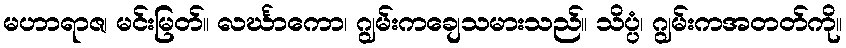
မဟာရာဇ၊ မင်းမြတ်။ လင်္ဃာကော၊ ဂျွမ်းကချေသမားသည်။ သိပ္ပံ၊ ဂျွမ်းကအတတ်ကို။